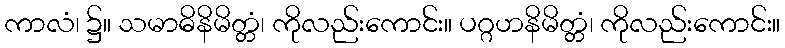
ကာလံ၊ ၌။ သမာဓိနိမိတ္တံ၊ ကိုလည်းကောင်း။ ပဂ္ဂဟနိမိတ္တံ၊ ကိုလည်းကောင်း။